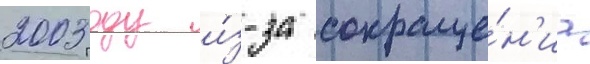
2003 году и́з-за сокраще́н'иа